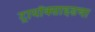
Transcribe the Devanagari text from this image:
ट्रायॉक्साइडचा